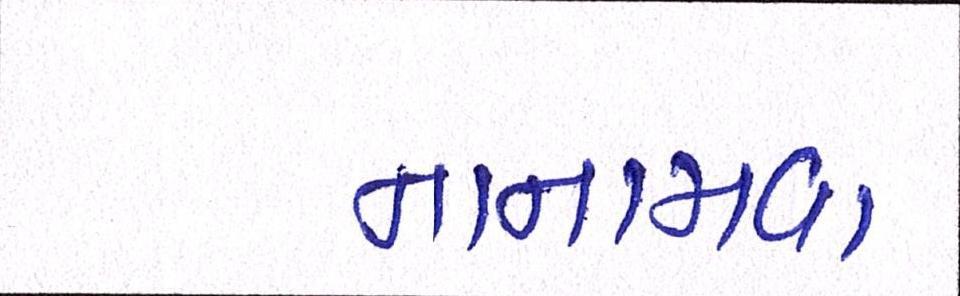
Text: નાનામવા